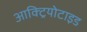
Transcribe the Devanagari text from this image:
आक्ट्रियोटाइड